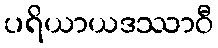
ပရိယာယဒဿာဝီ